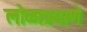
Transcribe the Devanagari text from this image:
लोळाप्रमाणे